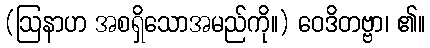
(ဩနာဟ အစရှိသောအမည်ကို။) ဝေဒိတဗ္ဗာ၊ ၏။